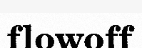
flowoff